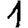
Digit: 1